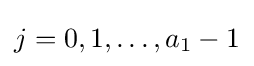
j=0,1,\ldots ,a_{1}-1